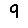
Digit: 9